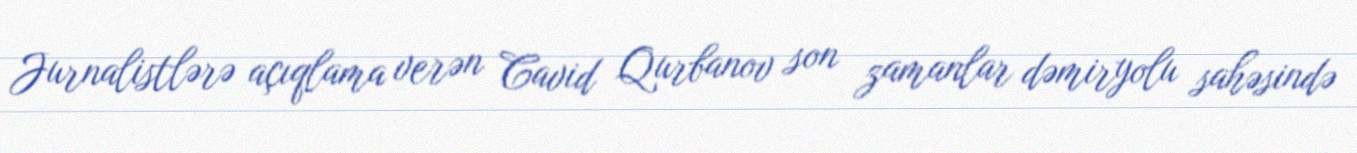
Jurnalistlərə açıqlama verən Cavid Qurbanov son zamanlar dəmiryolu sahəsində